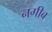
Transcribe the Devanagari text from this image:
नगीब